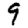
Digit: 9